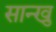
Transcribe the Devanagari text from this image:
सान्खु